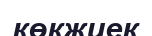
көкжиек